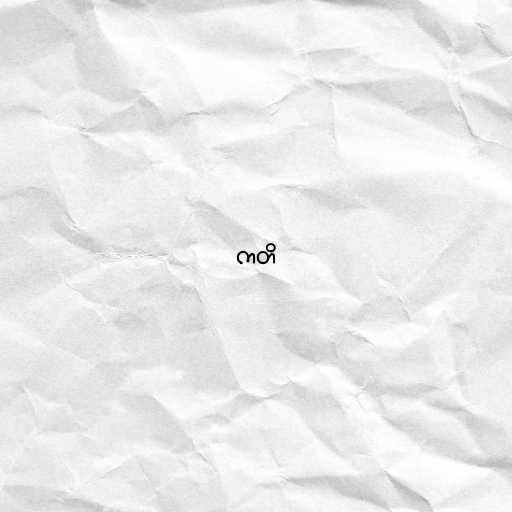
ကတိ